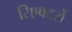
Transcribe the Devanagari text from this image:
रिएक्‍टरों